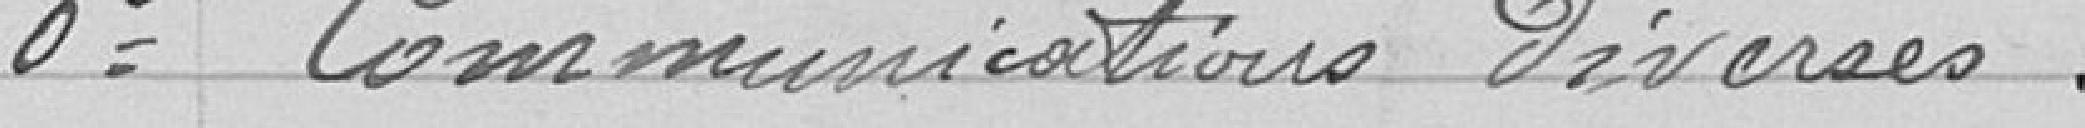
M Mrs, Muller, Dechaux, Rang, Petitjean, Schard, May, Julien, Grille;